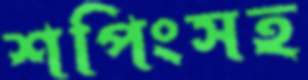
শপিংসহ